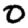
Digit: 0